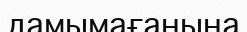
дамымағанына